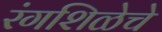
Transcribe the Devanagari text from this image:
रंगशिळेचे